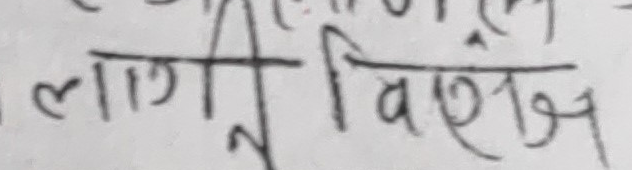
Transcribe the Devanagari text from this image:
लागित विभिन्न